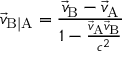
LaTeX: { \vec { v } } _ { \mathrm { B | A } } = { \frac { { \vec { v } } _ { \mathrm { B } } - { \vec { v } } _ { \mathrm { A } } } { 1 - { \frac { { \vec { v } } _ { \mathrm { A } } { \vec { v } } _ { \mathrm { B } } } { c ^ { 2 } } } } }